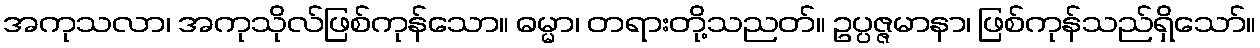
အကုသလာ၊ အကုသိုလ်ဖြစ်ကုန်သော။ ဓမ္မာ၊ တရားတို့သညတ်။ ဥပ္ပဇ္ဇမာနာ၊ ဖြစ်ကုန်သည်ရှိသော်။